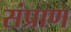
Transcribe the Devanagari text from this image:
संप्राण